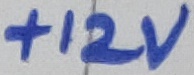
Text: +12V